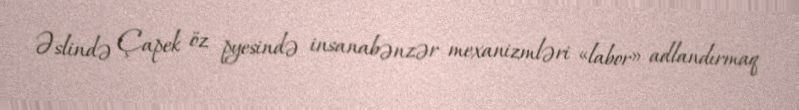
Əslində Çapek öz pyesində insanabənzər mexanizmləri «labor» adlandırmaq